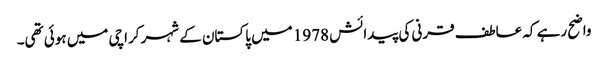
واضح رہے کہ عاطف قرنی کی پیدائش 1978 میں پاکستان کے شہر کراچی میں ہوئی تھی۔